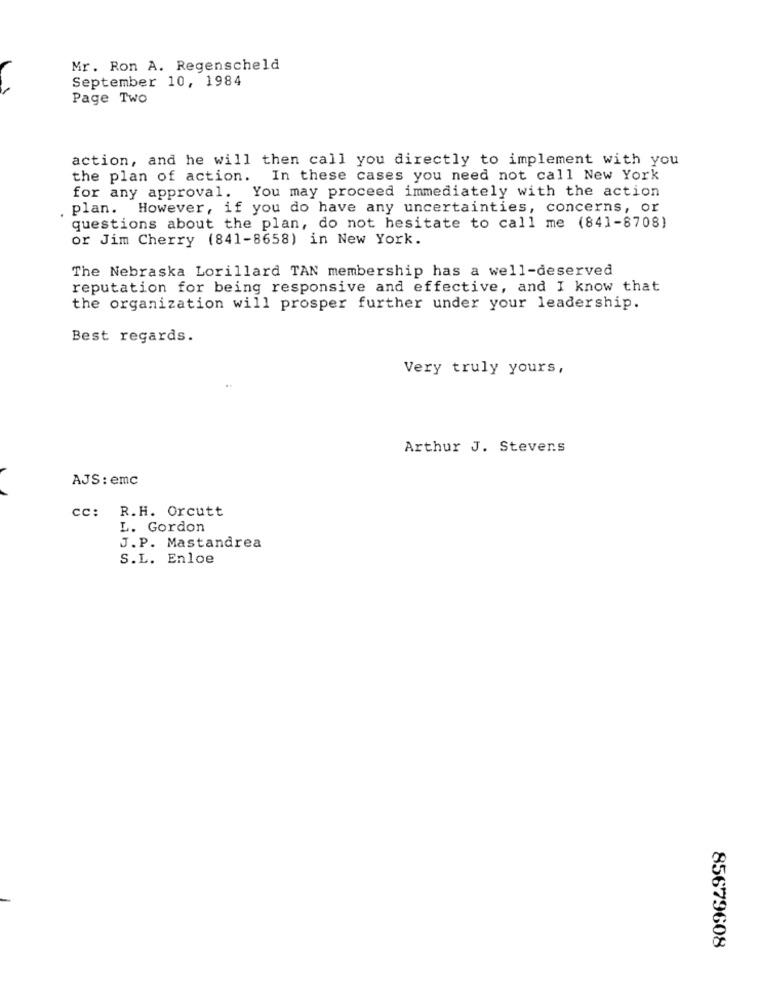
Mr. Ron A. Regenscheld
September 10, 1984
Page Two
action, and he will then call you directly to implement with you
the plan of action. In these cases you need not call New York
for any approval. You may proceed immediately with the action
plan. However, if you do have any uncertainties, concerns, or
questions about the plan, do not hesitate to call me (841-8708)
or Jim Cherry (841-8658) in New York.
The Nebraska Lorillard TAN membership has a well-deserved
reputation for being responsive and effective, and I know that
the organization will prosper further under your leadership.
Best regards.
Very truly yours,
Arthur J. Stevens
AJS : emc
cc: R.H. Orcutt
L. Gordon
J.P. Mastandrea
S.L. Enloe
85679608